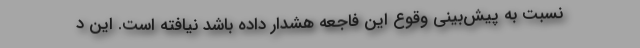
نسبت به پیش‌بینی وقوع این فاجعه هشدار داده باشد نیافته است. این د